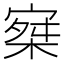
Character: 𡩣